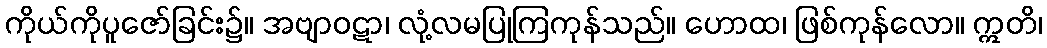
ကိုယ်ကိုပူဇော်ခြင်း၌။ အဗျာဝဋာ၊ လုံ့လမပြုကြကုန်သည်။ ဟောထ၊ ဖြစ်ကုန်လော။ ဣတိ၊